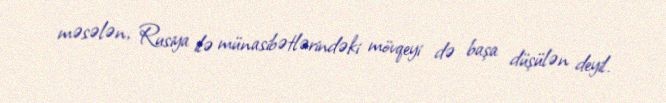
məsələn, Rusiya ilə münasibətlərindəki mövqeyi də başa düşülən deyil.